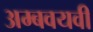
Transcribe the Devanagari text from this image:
अम्बवयवी